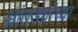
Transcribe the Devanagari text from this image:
आंतड्यांच्या